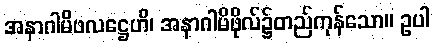
အနာဂါမိဖလဋ္ဌေဟိ၊ အနာဂါမိဖိုလ်၌တည်ကုန်သော။ ဥပါ